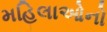
મહિલાઓનો